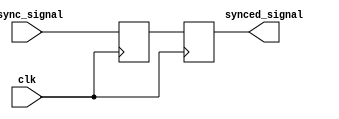
module two_flop_synchronizer (
    input wire clk,           // Clock signal
    input wire async_signal,  // Asynchronous input signal
    output reg synced_signal  // Synchronized output signal
);

reg flop1, flop2;

// First flip-flop
always @(posedge clk) begin
    flop1 <= async_signal;
end

// Second flip-flop
always @(posedge clk) begin
    flop2 <= flop1;
end

// Output the synchronized signal
assign synced_signal = flop2;

endmodule